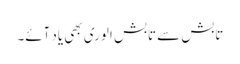
تابش سے تابش الوری بھی یاد آئے۔